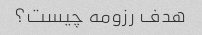
هدف رزومه چیست؟